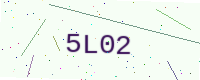
Text: 5L02